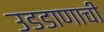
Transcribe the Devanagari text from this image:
उडडाणाची